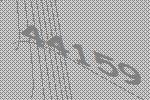
44159